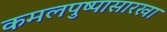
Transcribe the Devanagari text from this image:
कमलपुष्पासारखा